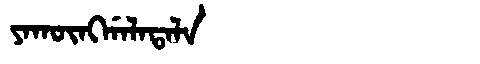
Manchu: ᠶᠠᡴᡡᠩᡤᠠᠯᠠᡨᠠᠯᠠ
Romanization: YAKŪNGGALATALA